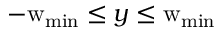
- \mathrm { w } _ { \mathrm { m i n } } \le y \le \mathrm { w } _ { \mathrm { m i n } }